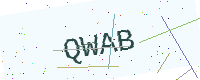
Text: QWAB